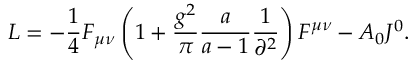
{ \cal L } = - \frac { 1 } { 4 } F _ { \mu \nu } \left( { 1 + \frac { { g ^ { 2 } } } { \pi } \frac { a } { { a - 1 } } \frac { 1 } { { \partial ^ { 2 } } } } \right) F ^ { \mu \nu } - A _ { 0 } J ^ { 0 } .